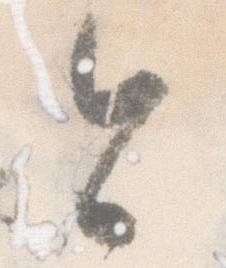
今